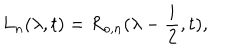
L _ { n } ( \lambda , t ) = R _ { o , n } ( \lambda - \frac { i } { 2 } , t ) ,